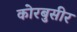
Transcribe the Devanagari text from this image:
कोरबुसीर